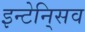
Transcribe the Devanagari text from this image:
इन्टेनि्सव